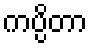
ကပ္ပိတာ